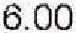
6.00